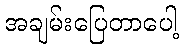
အချမ်းပြေတာပေါ့